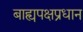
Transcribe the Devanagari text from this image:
बाह्यपक्षप्रधान